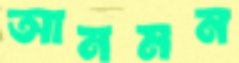
আনমন